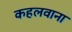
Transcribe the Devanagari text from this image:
कहलवाना